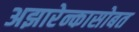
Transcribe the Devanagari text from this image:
अझारेन्कासोबत